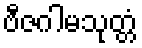
ဗီဇဂါမသုတ္တံ